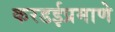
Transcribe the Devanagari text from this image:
करडईप्रमाणे